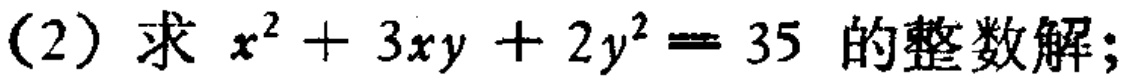
(2) 求 \(x^{2}+3xy + 2y^{2}=35\) 的整数解;